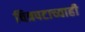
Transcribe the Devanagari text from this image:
चित्रपटाच्याही